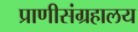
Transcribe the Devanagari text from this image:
प्राणीसंग्रहालय